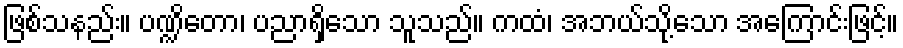
ဖြစ်သနည်း။ ပဏ္ဍိတော၊ ပညာရှိသော သူသည်။ ကထံ၊ အဘယ်သို့သော အကြောင်းဖြင့်။